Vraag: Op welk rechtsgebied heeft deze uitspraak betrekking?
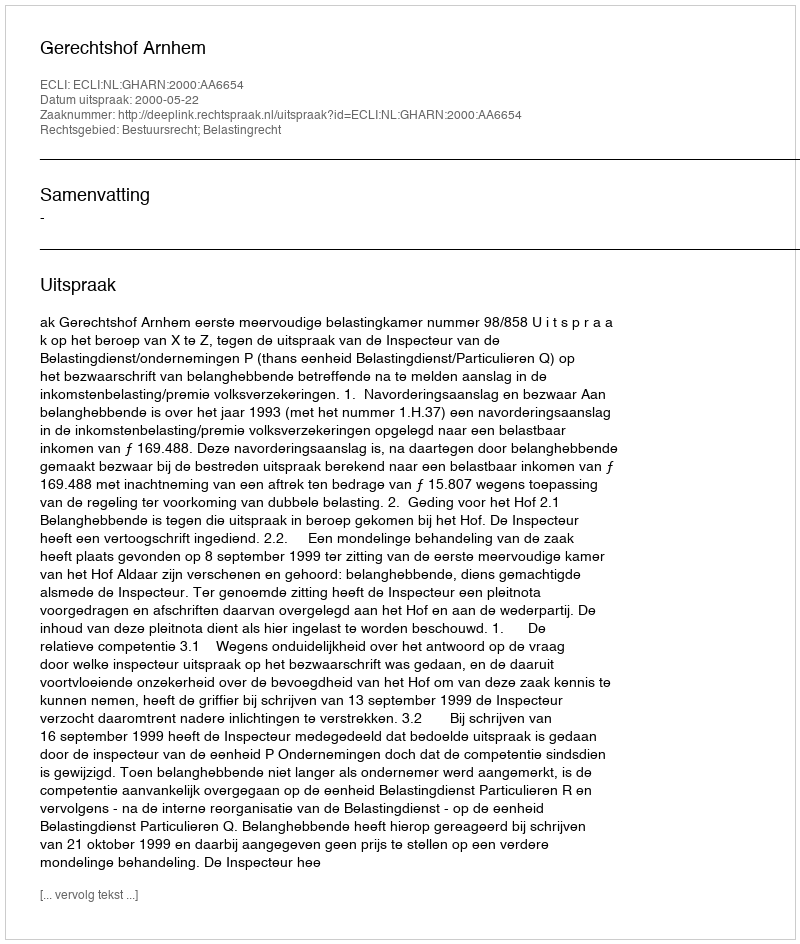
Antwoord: Bestuursrecht; Belastingrecht